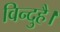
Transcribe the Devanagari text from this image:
विन्दुहै।